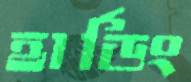
হার্ডিং